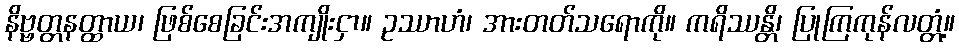
နိဗ္ဗတ္တနတ္ထာယ၊ ဖြစ်စေခြင်းအကျိုးငှာ။ ဥဿာဟံ၊ အားတတ်သရောကို။ ကရိဿန္တိ၊ ပြုကြကုန်လတ္တံ့။